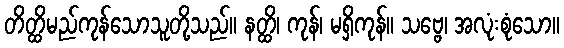
တိတ္ထိမည်ကုန်သောသူတို့သည်။ နတ္ထိ၊ ကုန်၊ မရှိကုန်။ သဗ္ဗေ၊ အလုံးစုံသော။